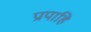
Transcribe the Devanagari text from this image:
प्रपाहि